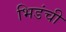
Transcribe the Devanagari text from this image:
भिडंची